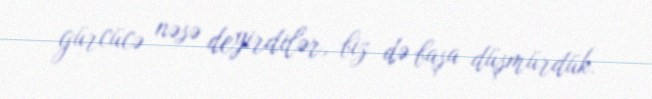
gürcücə nəsə deyirdilər, biz də başa düşmürdük.